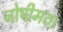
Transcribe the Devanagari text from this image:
जोषीमठ।